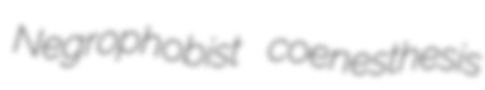
Negrophobist coenesthesis